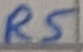
Text: R5